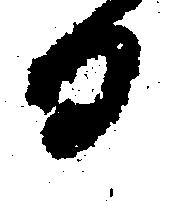
日